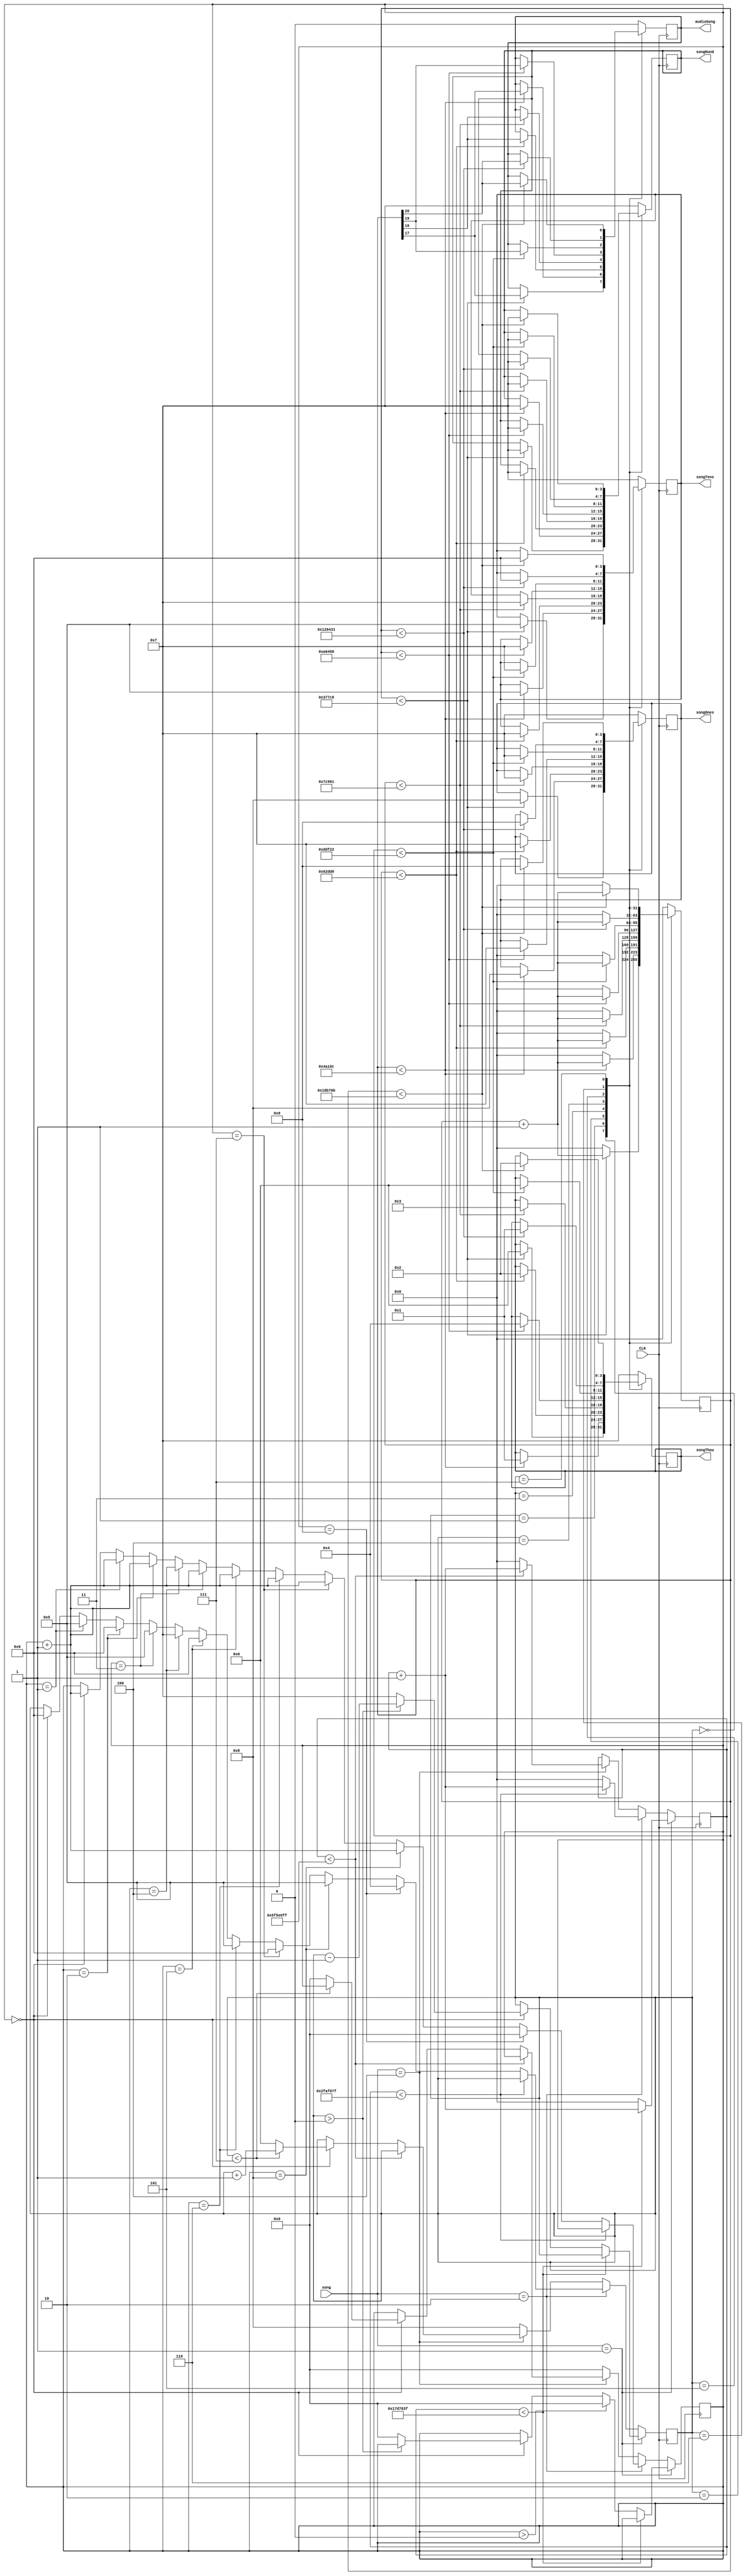
`timescale 1ns / 1ps


module Test_SongControl(input CLK,
                        input [2:0] song,
                        output reg [3:0] songOnes, songTens, songHund, songThou,
                        output reg audioSong
                        );
                        
      parameter QUARTER_NOTE = 25_000_000; //1 second
      parameter A_HIGH_NOTE = 227_273; //440Hz frequency
      parameter E_HIGH_NOTE = 303_373; //330Hz
      parameter B_NOTE = 404_954; //246Hz
      parameter G_NOTE = 510_210; //196Hz
      parameter D_NOTE = 681_049; //147Hz
      parameter A_NOTE = 909_091; //110Hz
      parameter E_LOW_NOTE = 1_213_490; //82Hz
      parameter B_LOW_NOTE = 1_619_820;  //62Hz 
      
      reg [31:0] phase = 0;
      reg [3:0] play_note = 0;
      reg [9:0] note_position = 0;
      reg [31:0] note_time = 0;
     
         
      always@(posedge CLK) begin     
      //songs
      if(song == 3'b001) begin
         if(note_time < QUARTER_NOTE - 1) begin
                note_time <= note_time + 1;       
            end
          else begin
                note_time <= 0;

                if(note_position == 0) begin
                    if(play_note > 0)
                        play_note <= play_note - 1;
                    else begin
                        play_note <= 7;
                        note_position <= 0;
                    end   
                end   
                if(note_position > 0)
                    note_position <= 0;            
            end //end if songOne
          end
         //song 2
         else if(song == 3'b010) begin
            if(note_time < QUARTER_NOTE*2 - 1) begin
                note_time <= note_time + 1;       
            end
            else begin 
                note_time <= 0;
                if(note_position == 0) begin
                    play_note <= 6;
                    note_position <= note_position + 1;
                end
                if(note_position == 1) begin
                    play_note <= 5;
                    note_position <= note_position + 1;                   
                end    
                if(note_position == 2) begin
                    play_note <= 6;
                    note_position <= note_position + 1;
                end
                if(note_position == 3) begin
                    play_note <= 5;
                    note_position <= note_position + 1;
                end   
                if(note_position == 4) begin
                    play_note <= 7;
                    note_position <= note_position + 1;
                end
                if(note_position == 5) begin
                    play_note <= 6;
                    note_position <= note_position + 1;
                end
                if(note_position == 6) begin
                    play_note <= 5;
                    note_position <= note_position + 1;
                end
                if(note_position == 7) begin
                    play_note <= 6;
                    note_position <= note_position + 1;
                end
                if(note_position == 8) begin
                    play_note <= 5;
                    note_position <= note_position + 1;
                end
                if(note_position == 9) begin
                    play_note <= 4;
                    note_position <= 0;
                end
         end ///end song two
         end
            
         //song 3
         else if(song == 3'b100) begin
             if(note_time < QUARTER_NOTE*4 - 1) begin
                    note_time <= note_time + 1;       
                end
              else begin
                    note_time <= 0;
                    if(note_position == 0) begin
                        if(play_note < 7)
                            play_note <= play_note + 1;
                        else begin
                            play_note <= 0;
                            note_position <= 0;
                        end   
                    end
            end //end song 3
         end
         
         else begin
            play_note <= 8;
            note_position <= 0;
         end
         
          case(play_note)
            4'h0: begin
                    if(phase < A_HIGH_NOTE-1) begin
                        phase <= phase + 1;
                        audioSong <= phase[17];
                        songOnes <= 8; //I
                        songTens <= 5; //H
                        songHund <= 7; //off
                        songThou <= 0; //A
                     end
                    else
                        phase <= 0; 
             end  
             4'h1: begin
                    if(phase < E_HIGH_NOTE-1) begin
                        phase <= phase + 1;
                        audioSong <= phase[17];
                        songOnes <= 8; //I
                        songTens <= 5; //H
                        songHund <= 7; //off
                        songThou <= 1; //E
                     end
                    else
                        phase <= 0; 
                end    
              4'h2: begin
                    if(phase < B_NOTE-1) begin
                        phase <= phase + 1;
                        audioSong <= phase[18];
                        songOnes <= 7; //off
                        songTens <= 7; //off
                        songHund <= 7; //off
                        songThou <= 2; //B
                     end
                    else
                        phase <= 0; 
                end   
              4'h3: begin 
                    if(phase < G_NOTE-1) begin
                        phase <= phase + 1;
                        audioSong <= phase[18];
                        songOnes <= 7; //off
                        songTens <= 7; //off
                        songHund <= 7; //off
                        songThou <= 3; //g
                     end
                    else
                        phase <= 0; 
                end  
              4'h4: begin
                    if(phase < D_NOTE-1) begin
                        phase <= phase + 1;
                        audioSong <= phase[19];
                        songOnes <= 7; //off
                        songTens <= 7; //off
                        songHund <= 7; //off
                        songThou <= 4; //d
                     end
                    else
                        phase <= 0; 
                end  
              4'h5: begin
                    if(phase < A_NOTE-1) begin
                        phase <= phase + 1;
                        audioSong <= phase[19];
                        songOnes <= 7; //off
                        songTens <= 7; //off
                        songHund <= 7; //off
                        songThou <= 0; //A
                     end
                    else
                        phase <= 0; 
                end  
              4'h6: begin
                    if(phase < E_LOW_NOTE-1) begin
                        phase <= phase + 1;
                        audioSong <= phase[20];
                        songOnes <= 9; //O
                        songTens <= 6; //L
                        songHund <= 7; //off
                        songThou <= 1; //E
                     end
                    else
                        phase <= 0; 
                end  
              4'h7: begin
                    if(phase < B_LOW_NOTE-1) begin
                        phase <= phase + 1;
                        audioSong <= phase[20];
                        songOnes <= 9; //O
                        songTens <= 6; //L
                        songHund <= 7; //off
                        songThou <= 2; //B
                     end
                    else
                        phase <= 0; 
                end  
              default: begin
                    phase <= 0;
                    audioSong <= 0;
                    songOnes <= 7; //off
                    songTens <= 7; //off
                    songHund <= 7; //off
                    songThou <= 7; //off
                end
          endcase //endcase play_note

     end
endmodule